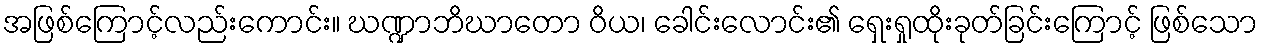
အဖြစ်ကြောင့်လည်းကောင်း။ ဃဏ္ဍာဘိဃာတော ဝိယ၊ ခေါင်းလောင်း၏ ရှေးရှုထိုးခုတ်ခြင်းကြောင့် ဖြစ်သော